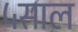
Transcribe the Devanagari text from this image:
५साल